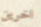
اخرين